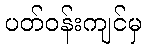
ပတ်ဝန်းကျင်မှ